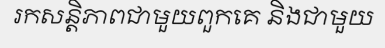
រកសន្តិភាពជាមួយពួកគេ និងជាមួយ